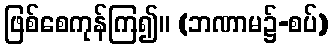
ဖြစ်စေကုန်ကြ၍။ (ဘဏာမ၌-စပ်)